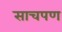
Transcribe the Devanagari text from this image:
साचपण